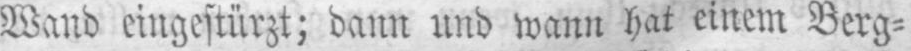
Wand eingestürzt; dann und wann hat einem Berg⸗